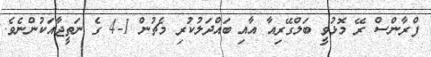
ފްރާންސް ރޭ މޮޅުވީ ބަލްގޭރިއާ އާއި ބައްދަލުކުރި މެޗުން 1-4 ގެ ނަތީޖާއަކުންނެވެ.